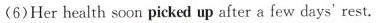
(6)Her health soon picked up after a few days' rest.